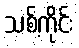
သစ်ကိုင်း